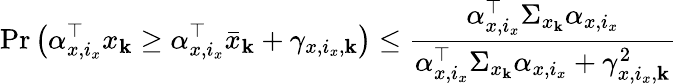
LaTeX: \operatorname*{Pr}\left(\alpha_{x,i_{x}}^{\top}x_{\mathbf{k}}\geq\alpha_{x,i_{x}}^{\top}\bar{{x}}_{\mathbf{k}}+\gamma_{x,i_{x},\mathbf{k}}\right)\leq\frac{{\alpha_{x,i_{x}}^{\top}\Sigma_{x_{\mathbf{k}}}\alpha_{x,i_{x}}}}{{\alpha_{x,i_{x}}^{\top}\Sigma_{x_{\mathbf{k}}}\alpha_{x,i_{x}}+\gamma_{x,i_{x},\mathbf{k}}^{2}}}